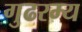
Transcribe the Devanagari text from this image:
गुढरम्य